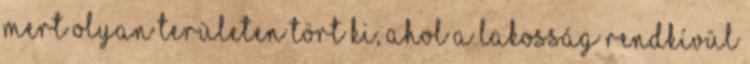
mert olyan területen tört ki, ahol a lakosság rendkívül